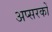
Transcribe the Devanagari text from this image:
अप्सरकों